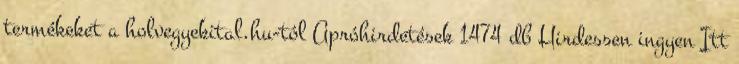
termékeket a holvegyekital.hu-tól Apróhirdetések 1474 db Hirdessen ingyen Itt